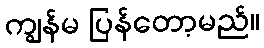
ကျွန်မ ပြန်တော့မည်။